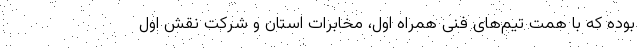
بوده که با همت تیم‌های فنی همراه اول، مخابرات استان و شرکت نقش اول